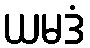
ယမဒံ